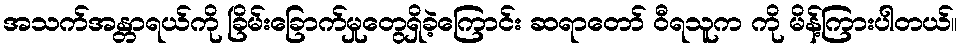
အသက်အန္တာရယ်ကို ခြိမ်းခြောက်မှုတွေရှိခဲ့ကြောင်း ဆရာတော် ဝီရသူက ကို မိန့်ကြားပါတယ်။